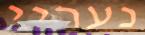
נעריי